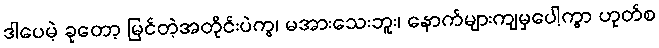
ဒါပေမဲ့ ခုတော့ မြင်တဲ့အတိုင်းပဲကွ၊ မအားသေးဘူး၊ နောက်များကျမှပေါ့ကွာ ဟုတ်စ